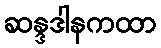
ဆန္ဒဒါနကထာ